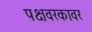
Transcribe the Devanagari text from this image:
पक्षवरकावर